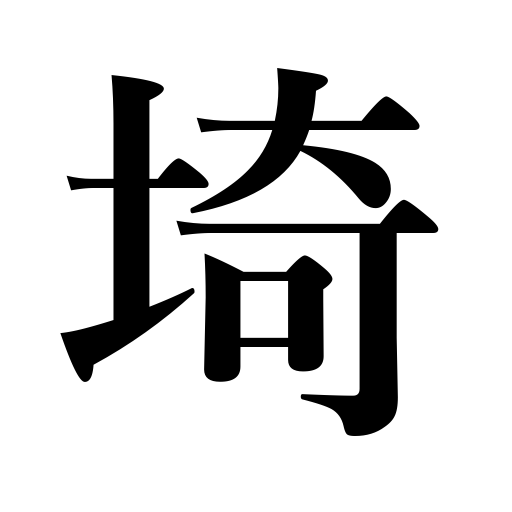
Meanings: used for the name of prefecture,cape,'Saitama'